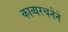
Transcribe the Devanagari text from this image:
काव्यरचनेने